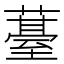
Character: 𮑢